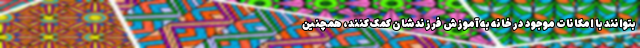
بتوانند با امکانات موجود در خانه به آموزش فرزندشان کمک کنند، همچنین